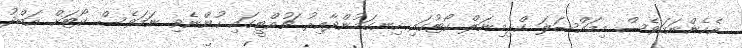
އެހެންނަމަވެސް މިމައްސަލަ ކްރިމިނަލް ކޯޓުގައި ހިނގަމުންދާއިރު ޗުއްޓީގައި ހުންނެވި ނަމަވެސް ކޯޓަށް އަބްދު